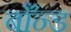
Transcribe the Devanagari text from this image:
बाँन्ड